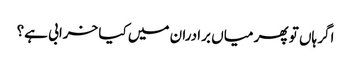
اگر ہاں تو پھر میاں برادران میں کیا خرابی ہے؟